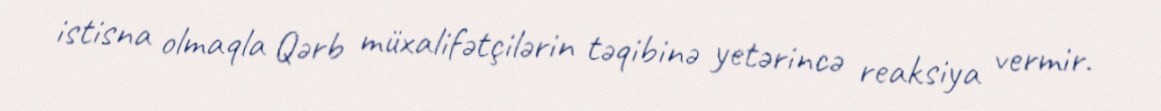
istisna olmaqla Qərb müxalifətçilərin təqibinə yetərincə reaksiya vermir.